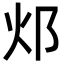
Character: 邩